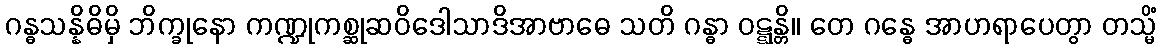
ဂန္ဓသန္နိဓိမှိ ဘိက္ခုနော ကဏ္ဍုကစ္ဆုဆဝိဒေါသာဒိအာဗာဓေ သတိ ဂန္ဓာ ဝဋ္ဋန္တိ။ တေ ဂန္ဓေ အာဟရာပေတွာ တသ္မိံ